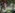
دليل